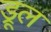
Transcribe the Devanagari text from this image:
ड्रूल